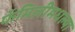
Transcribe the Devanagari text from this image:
फॅमिलीमधल्या